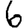
Digit: 6